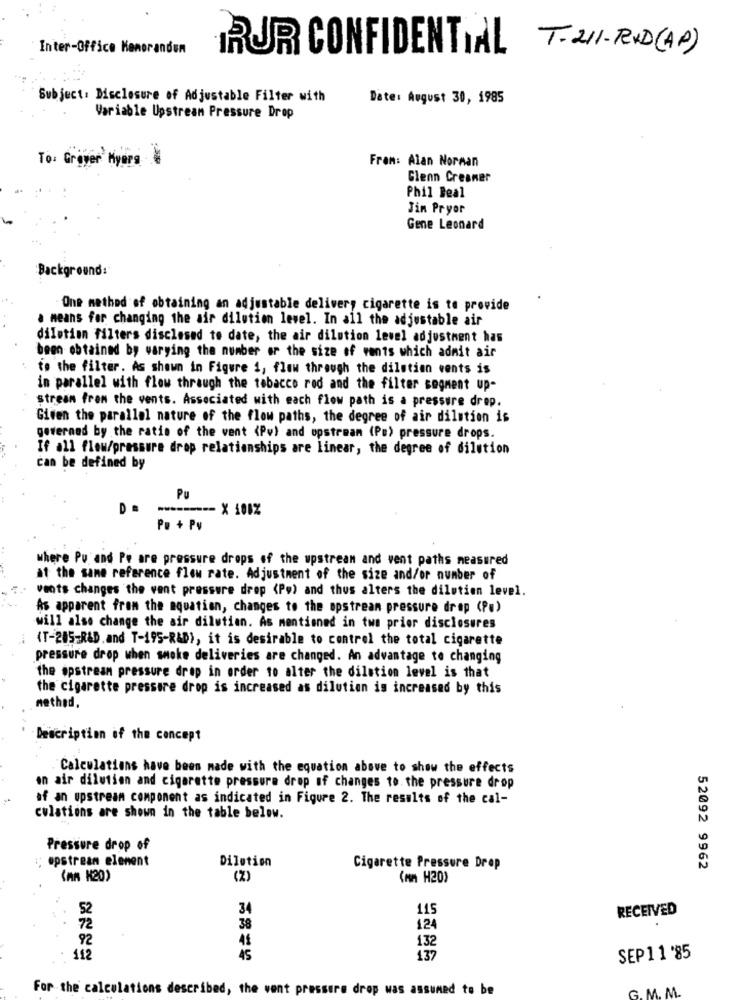
Inter-Office Kanorandon
RUR CONFIDENTIAL
T.211-RXD (AP)
Subject: Disclosure of Adjustable Filter with
Date: August 30, 1985
Variable Upstream Pressure Drop
To: Grover Myers
Fram: Alan Norman
Glenn Creamer
Phil Beal
Jin Pryor
Gene Leonard
Background:
One method of obtaining an adjustable delivery cigarette is to provide
a means for changing the air dilution level. In all the adjustable air
dilution filters disclosed to date, the air dilution level adjustment has
been obtained by varying the number or the size of wants which admit air
to the filter. As shown in Figure i, flow through the dilution cents is
in parallel with flow through the tobacco rod and the filter segment up-
stream from the vents. Associated with each flow path is a pressure drop.
Given the parallel nature of the flow paths, the degree of air dilution is
governed by the ratio of the vent (Pv) and upstream (Po) pressure drops.
If all flow/pressure drop relationships are linear, the degree of dilution
Can be defined by
Pu
D
-======= X 100%
P. + Pv
..
where Pu and Pe are pressure drops of the upstream and vent paths measured
at the same reference flow rate. Adjustment of the size and/or number of
vents changes the vent pressure drop <Po) and thus alters the dilution level.
As apparent from the aquation, changes to the opstream pressure drop (P.)
will also change the air dilution. As mentioned in two prior disclosures
(T-285-R&D. and T-195-R&D), it is desirable to control the total cigarette
pressure drop when smoke deliveries are changed. An advantage to changing
the apstream pressure drop in order to alter the dilution level is that
the cigarette pressure drop is increased as dilution is increased by this
nethed.
Description of the concept
Calculations have been made with the equation above to show the effects
an air dilution and cigarette pressure drop of changes to. the pressure drop
of an upstream component as indicated in Figure 2. The results of the cal-
culations are shown in the table below.
Pressure drop of
upstream element
Dilotion
Cigarette Pressure Drop
52092 9962
(AM N20)
(2)
(mn H20)
52
34
115
RECEIVED
72
38
124
92
41
132
112
45
137
SEP11 '85
For the calculations described, the vent pressure drop was assumed to be
G. M. M.